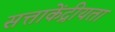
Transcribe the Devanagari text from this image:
सत्ताकेंद्रीयता